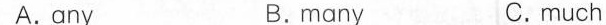
A.any B.many C.much